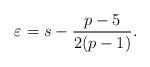
LaTeX: \begin{align*}\varepsilon = s - \frac{p-5}{2(p-1)}.\end{align*}